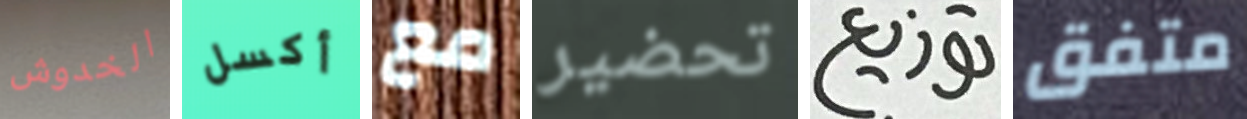
الخدوش أكسل مع تحضير توزيع متفق